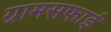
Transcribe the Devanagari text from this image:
ग्रामसफाई